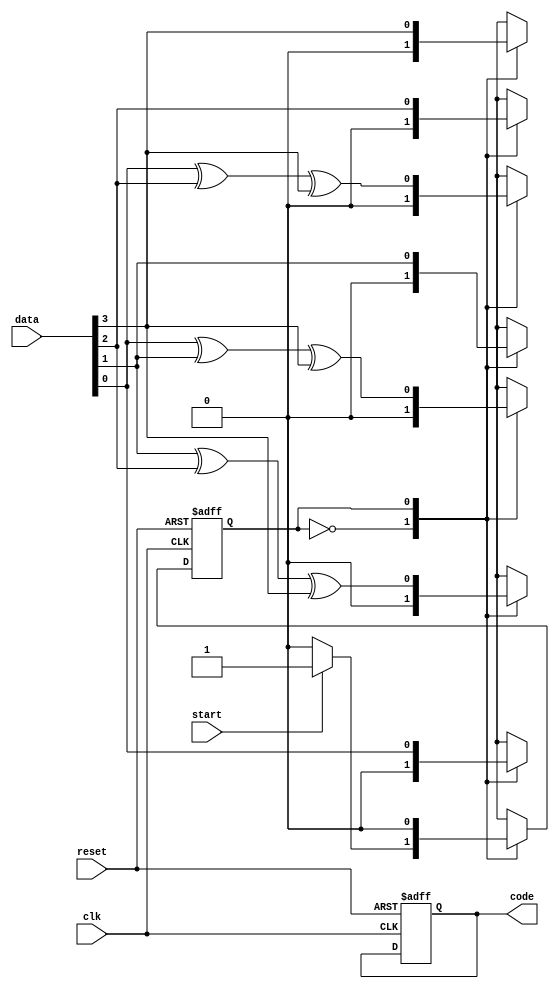
`timescale 1ns / 1ps

module HammingEncoder(
        input clk,
        input reset,
        input start,
        input [3:0] data,
        output reg [6:0] code
    );

    localparam IDLE = 1'b0;
    localparam ENCODE = 1'b1;

    reg state, next_state;
    reg [2:0] parity_bits;

    // state register block
    always @(posedge clk, posedge reset) begin
        if (reset) begin
            state <= IDLE;
            code <= 8'b0;
            parity_bits <= 3'b0;
        end else begin
            state <= next_state;
        end
    end

    // next state logic
    always @(*) begin
        next_state = state;
        case (state)
            IDLE: begin
                if (start) begin
                    next_state = ENCODE;
                end
            end
            ENCODE: begin
                next_state = IDLE;
            end
        endcase
    end

    // output logic
    always @(*) begin
        case (state)
            IDLE: begin
                code = 8'b0;
            end
            ENCODE: begin
                parity_bits[0] = data[0] ^ data[1] ^ data[3];
                parity_bits[1] = data[0] ^ data[2] ^ data[3];
                parity_bits[2] = data[1] ^ data[2] ^ data[3];
                code[0] = parity_bits[0];
                code[1] = parity_bits[1];
                code[2] = data[0];
                code[3] = parity_bits[2];
                code[4] = data[1];
                code[5] = data[2];
                code[6] = data[3];
            end
        endcase
    end

endmodule